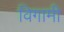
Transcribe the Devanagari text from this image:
विगामी